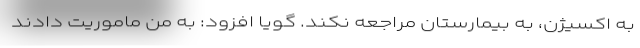
به اکسیژن، به بیمارستان مراجعه نکند. گویا افزود: به من ماموریت دادند